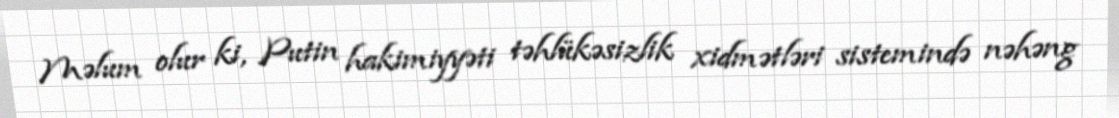
Məlum olur ki, Putin hakimiyyəti təhlükəsizlik xidmətləri sistemində nəhəng